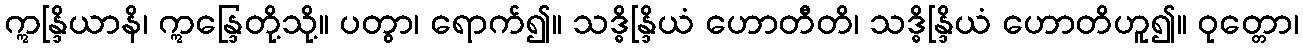
ဣန္ဒြိယာနိ၊ ဣန္ဒြေတို့သို့။ ပတွာ၊ ရောက်၍။ သဒ္ဓိန္ဒြိယံ ဟောတီတိ၊ သဒ္ဓိန္ဒြိယံ ဟောတိဟူ၍။ ဝုတ္တော၊